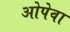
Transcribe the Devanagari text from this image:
ओपेवा